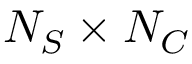
N _ { S } \times N _ { C }